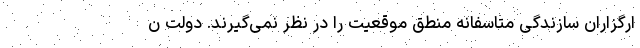
ارگزاران سازندگی متاسفانه منطق موقعیت را در نظر نمی‌گیرند. دولت ن